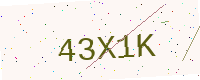
Text: 43X1K